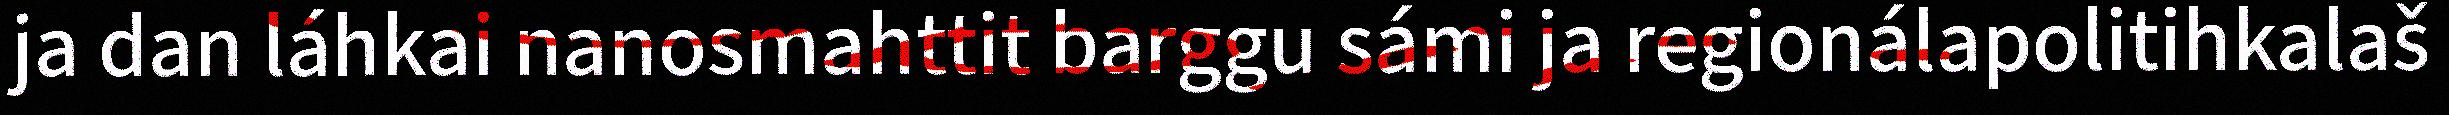
ja dan láhkai nanosmahttit barggu sámi ja regionálapolitihkalaš